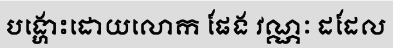
បង្ហោះដោយលោក ផែង វណ្ណៈ ដដែល